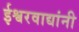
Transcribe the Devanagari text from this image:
ईश्वरवाद्यांनी